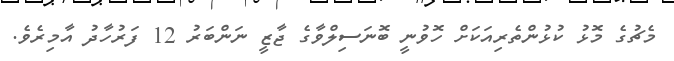
މެޗުގެ މޮޅު ކުޅުންތެރިއަކަށް ހޮވުނީ ބޮނަސިލްވާގެ ޖާޒީ ނަންބަރު 12 ފަރުހާދު އާމިރެވެ.